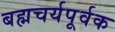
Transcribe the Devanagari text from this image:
बह्मचर्यपूर्वक